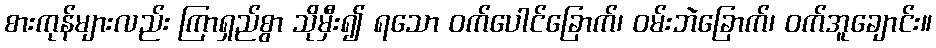
စားကုန်များလည်း ကြာရှည်စွာ သိုမှီး၍ ရသော ဝက်ပေါင်ခြောက်၊ ဝမ်းဘဲခြောက်၊ ဝက်အူချောင်း။